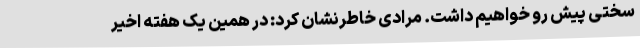
سختی پیش رو خواهیم داشت. مرادی خاطرنشان کرد: در همین یک هفته اخیر